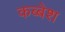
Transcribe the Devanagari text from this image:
कब्बेश